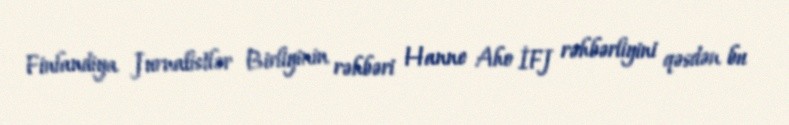
Finlandiya Jurnalistlər Birliyinin rəhbəri Hanne Aho İFJ rəhbərliyini qəsdən bu